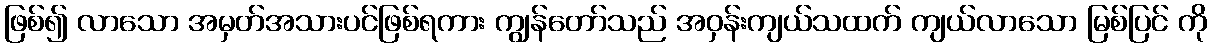
ဖြစ်၍ လာသော အမှတ်အသားပင်ဖြစ်ရကား ကျွန်တော်သည် အဝှန်းကျယ်သထက် ကျယ်လာသော မြစ်ပြင် ကို